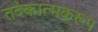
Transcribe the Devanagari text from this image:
तदेकात्मकरूप